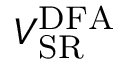
V _ { \mathrm { S R } } ^ { \mathrm { D F A } }